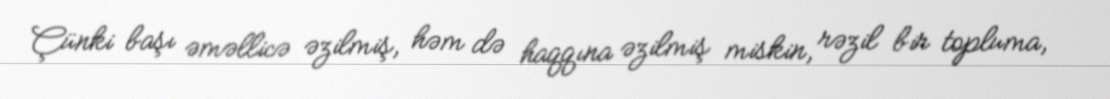
Çünki başı əməllicə əzilmiş, həm də haqqına əzilmiş miskin, rəzil bir topluma,